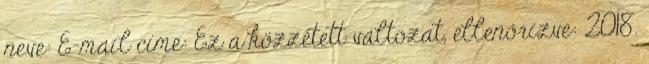
neve: E-mail címe: Ez a közzétett változat, ellenőrizve: 2018.